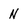
Character: N